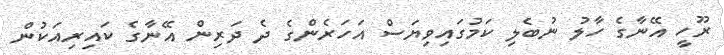
ރޫހީ އޭނާގެ ހާލު ނުބެލި ކަމުގައިވިޔަސް އަހަރެންގެ ދެ ދަރިން އޭނާގެ ކައިރިއަކުން